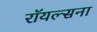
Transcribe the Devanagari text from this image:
रॉयल्सना